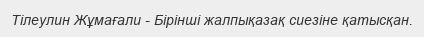
Тілеулин Жұмағали - Бірінші жалпықазақ сиезіне қатысқан.